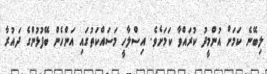
ލިބޭނެ ކަމަށް އުންމީދު ކުރައްވާ ކަމަށެވެ. އިސްލާހީ މަސައްކަތުގައި އަންހެން ބޭފުޅުންގެ ދައުރާ